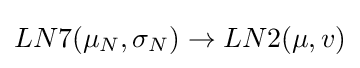
LN7(\mu _{N},\sigma _{N})\rightarrow LN2(\mu ,v)